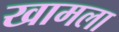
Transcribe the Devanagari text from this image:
खामला